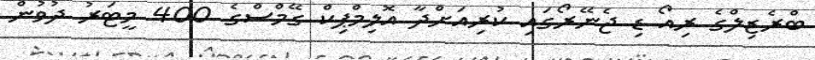
ބްރެޒިލްގެ ރިއޯ ޑި ޖެނޭރޯގައި ކުރިއަށްދާ އޮލިމްޕިކް ގޭމްސްގެ 400 މީޓަރު ދުވުން